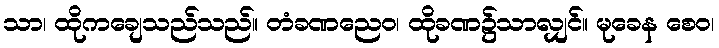
သာ၊ ထိုကချေသည်သည်။ တံခဏညေဝ၊ ထိုခဏ၌သာလျှင်။ မုခေန စေဝ၊